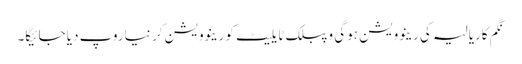
نگم کاریالیہ کی رینوویشن ہوگی و پبلک ٹایلیٹ کو رینوویشن کر نیا روپ دیا جائیگا۔